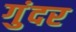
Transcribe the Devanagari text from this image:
गुंदर